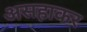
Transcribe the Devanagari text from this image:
असहाकर